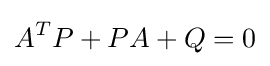
A^{T}P+PA+Q=0